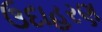
ઉદાહરણ